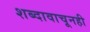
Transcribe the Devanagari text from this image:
शब्दावाचूनही